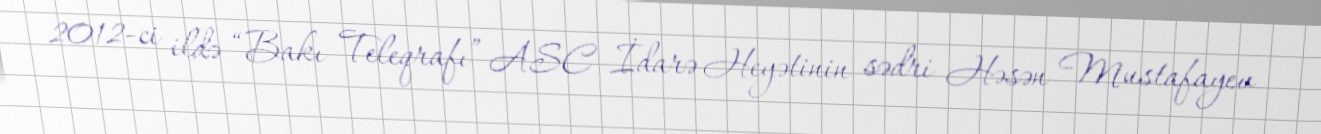
2012-ci ildə “Bakı Teleqrafı” ASC İdarə Heyətinin sədri Həsən Mustafayev